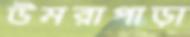
উমরাপাড়া